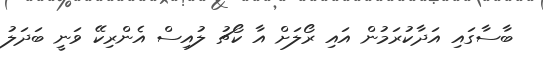
ބާސާގައި އަދާކުރަމުން އައި ރޯލަށް އާ ކޯޗު ލުއިސް އެންރިކޭ ވަނީ ބަދަލު